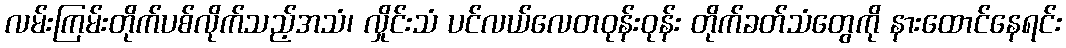
လမ်းကြမ်းတိုက်ပစ်လိုက်သည့်အသံ၊ လှိုင်းသံ ပင်လယ်လေတဝုန်းဝုန်း တိုက်ခတ်သံတွေကို နားထောင်နေရင်း